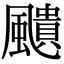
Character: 𩘺